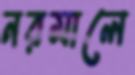
নরমালে